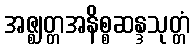
အဇ္ဈတ္တအနိစ္စဆန္ဒသုတ္တံ